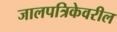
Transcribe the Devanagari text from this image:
जालपत्रिकेवरील